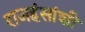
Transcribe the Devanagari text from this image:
राजहंसांशी